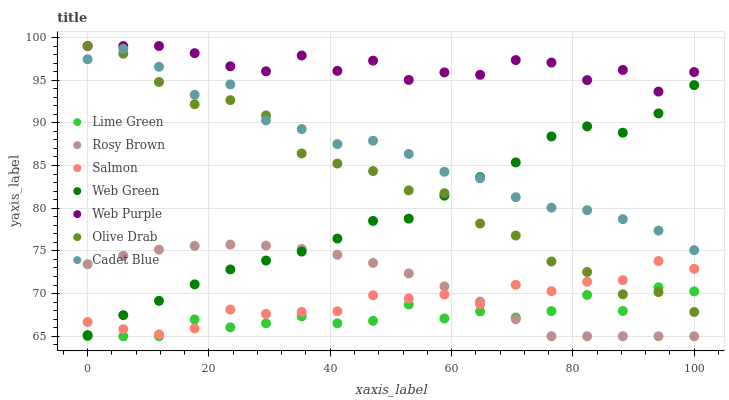
| xaxis_label | Lime Green | Rosy Brown | Salmon | Web Green | Web Purple | Olive Drab | Cadet Blue |
 | --- | --- | --- | --- | --- | --- | --- | --- |
 | 0 | 65 | 73.4 | 66.7 | 65.1 | 99 | 99 | 97.5 |
 | 5.88 | 65 | 74.4 | 65.8 | 67.5 | 99 | 98.1 | 98.7 |
 | 11.8 | 65 | 75.1 | 65.2 | 69.1 | 99 | 94.8 | 96.6 |
 | 17.6 | 67 | 75.6 | 65.9 | 71.1 | 98.2 | 92.2 | 93.3 |
 | 23.5 | 66 | 75.7 | 68.1 | 72.8 | 96.6 | 92.7 | 94.5 |
 | 29.4 | 66.5 | 75.6 | 67.6 | 73.9 | 96 | 90.9 | 90.3 |
 | 35.3 | 67.3 | 75.2 | 67.9 | 74.9 | 97.9 | 86.4 | 89.3 |
 | 41.2 | 66.5 | 74.5 | 67.9 | 76.4 | 96.1 | 85.2 | 87.5 |
 | 47.1 | 66.8 | 73.6 | 69.8 | 78.5 | 97.3 | 84.4 | 87.9 |
 | 52.9 | 68.7 | 72.4 | 69.4 | 78.8 | 95 | 82.1 | 86.4 |
 | 58.8 | 67.1 | 70.8 | 69.9 | 81.5 | 95.9 | 81.8 | 84.3 |
 | 64.7 | 67.9 | 69.1 | 68.7 | 83.6 | 95.6 | 78.2 | 83.5 |
 | 70.6 | 67.2 | 67 | 71 | 85.4 | 97.4 | 76.8 | 81.3 |
 | 76.5 | 67.9 | 65 | 70.3 | 88.4 | 97.1 | 73.8 | 80.1 |
 | 82.4 | 69.8 | 65 | 71.4 | 89.6 | 95 | 72.5 | 79.8 |
 | 88.2 | 68 | 65 | 71.6 | 88.8 | 96.2 | 69.9 | 78.7 |
 | 94.1 | 70.7 | 65 | 73.8 | 91.1 | 93.7 | 70.2 | 77.4 |
 | 100 | 70.3 | 65 | 72.9 | 94.4 | 95.9 | 67.8 | 75.1 |